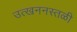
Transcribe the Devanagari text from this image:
उत्खननस्तळी